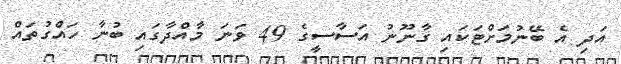
އަދި އެ ބޭނުމަށްޓަކައި ގާނޫނު އަސާސީގެ 49 ވަނަ މާއްދާގައި ބުނާ ހައްގުތައް